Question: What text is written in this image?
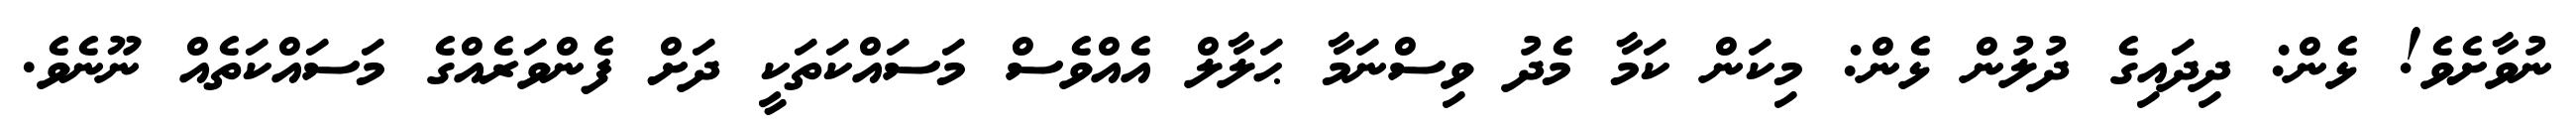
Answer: ނުވާށެވެ! ޅެން: ދިދައިގެ ދުލުން ޅެން: މިކަން ކަމާ މެދު ވިސްނަމާ ޙަލާލް އެއްވެސް މަސައްކަތަކީ ދަށް ފެންވަރެއްގެ މަސައްކަތެއް ނޫނެވެ.